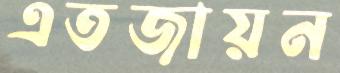
এতজায়ন